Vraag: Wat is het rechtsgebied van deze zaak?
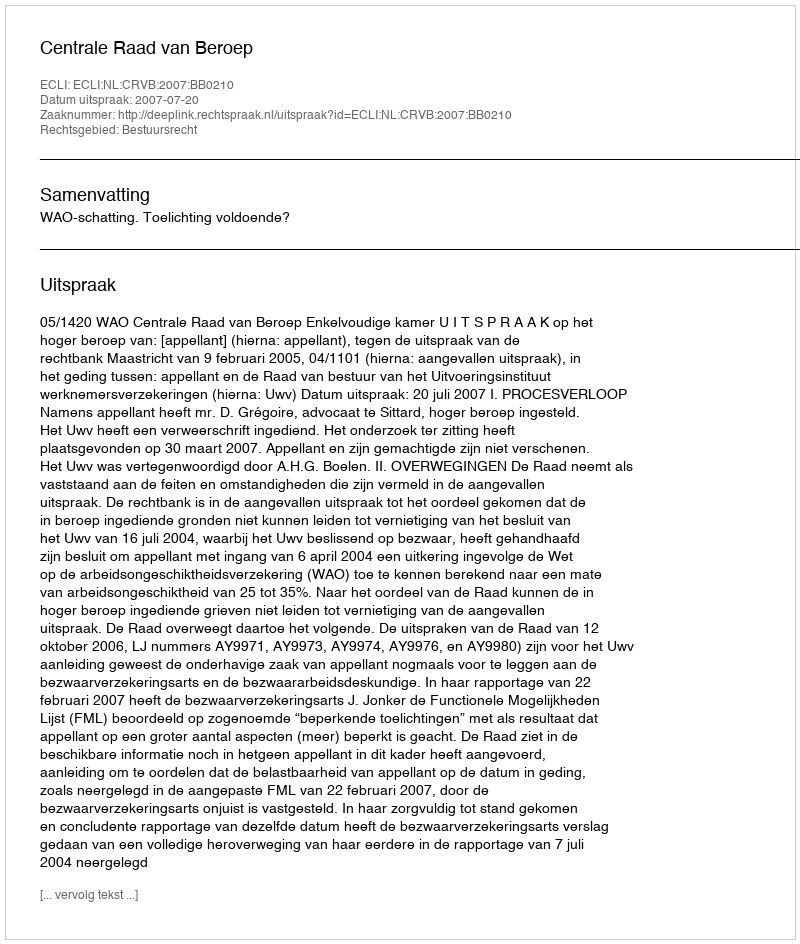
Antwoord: Bestuursrecht